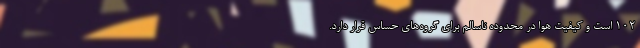
۱۰۲ است‌ و کیفیت هوا در محدوده ناسالم برای گروه‌های حساس قرار دارد.